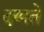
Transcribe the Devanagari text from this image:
दखते